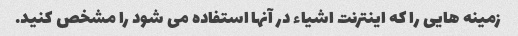
زمینه هایی را که اینترنت اشیاء در آنها استفاده می شود را مشخص کنید.